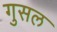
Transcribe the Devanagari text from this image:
गुसल